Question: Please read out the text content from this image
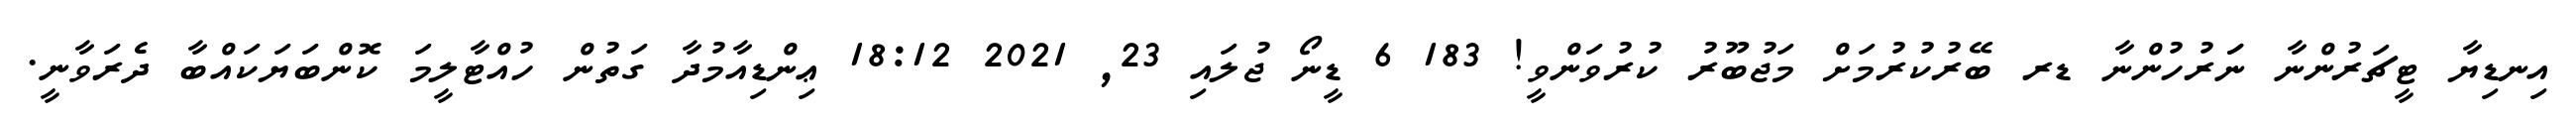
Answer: އިނޑިޔާ ޓީޗަރުންނާ ނަަރުހުންނާ ޑރ ބޭރުކުރުމަށް މަޖުބޫރު ކުރުވަންވީ! 183 6 ޑީނޯ ޖުލައި 23, 2021 18:12 ޢިންޑިއާމުދާ ގަތުން ހުއްޓާލީމަ ކޮންބަޔަކައްބާ ދެރަވާނީ.